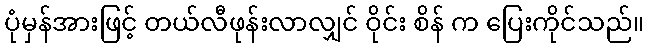
ပုံမှန်အားဖြင့် တယ်လီဖုန်းလာလျှင် ဝိုင်း စိန် က ပြေးကိုင်သည်။